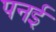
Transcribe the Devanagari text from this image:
पनई